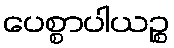
ပေစ္စာပါယဉ္စ